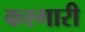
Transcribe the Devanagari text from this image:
कश्गारी